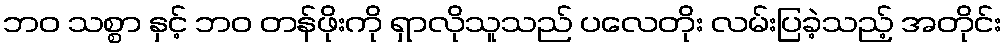
ဘဝ သစ္စာ နှင့် ဘဝ တန်ဖိုးကို ရှာလိုသူသည် ပလေတိုး လမ်းပြခဲ့သည့် အတိုင်း